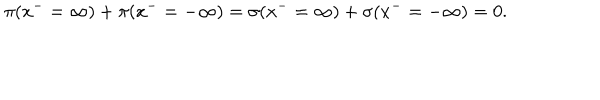
\pi ( x ^ { - } = \infty ) + \pi ( x ^ { - } = - \infty ) = \sigma ( x ^ { - } = \infty ) + \sigma ( x ^ { - } = - \infty ) = 0 .